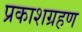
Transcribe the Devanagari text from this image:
प्रकाशग्रहण